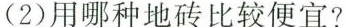
(2)用哪种地砖比较便宜?